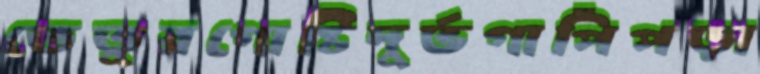
তেতুরগোষ্টিদুর্ভগাপিঁপড়া